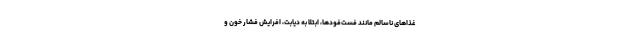
غذا‌های ناسالم مانند فست‌فودها، ابتلا به دیابت، افرایش فشار خون و